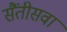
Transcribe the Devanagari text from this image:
सैंतीसवा